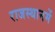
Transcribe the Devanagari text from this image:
राजस्थानमें